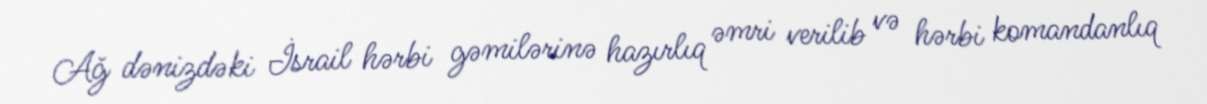
Ağ dənizdəki İsrail hərbi gəmilərinə hazırlıq əmri verilib və hərbi komandanlıq